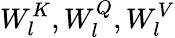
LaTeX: W_{l}^{K},W_{l}^{Q},W_{l}^{V}